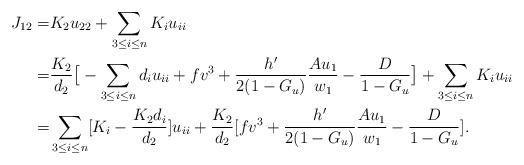
LaTeX: \begin{align*}J_{12}=&K_2u_{22}+\sum_{3\leq i\leq n}K_iu_{ii}\\=&\frac{K_2}{d_2}\big[-\sum_{3\leq i\leq n}d_iu_{ii}+f v^3+\frac{h'}{2(1-G_u)}\frac{Au_1}{w_1}-\frac{D}{1-G_u}\big]+\sum_{3\leq i\leq n}K_iu_{ii}\\=&\sum_{3\leq i\leq n}[K_i-\frac{K_2d_i}{d_2}]u_{ii}+\frac{K_2}{d_2}[f v^3+\frac{h'}{2(1-G_u)}\frac{Au_1}{w_1}-\frac{D}{1-G_u}].\end{align*}